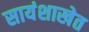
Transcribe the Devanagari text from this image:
सायंशाखेत